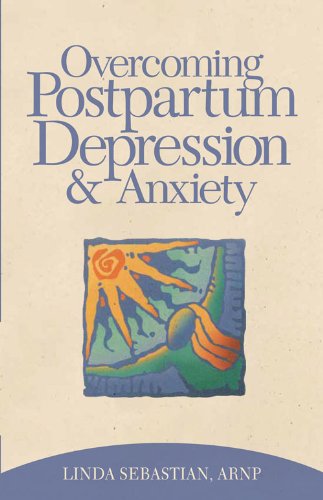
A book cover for Overcoming Postpartum Depression and Anxiety; Linda Sebastian; Health, Fitness & Dieting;